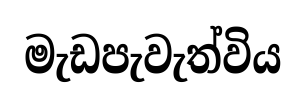
මැඩපැවැත්විය